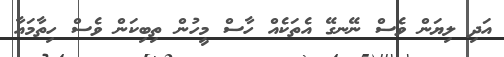
އަދި ލިޔަން ވެސް ނޭނގޭ އެތަކެއް ހާސް މީހުން ތިބިކަން ވެސް ހިތާމައާ